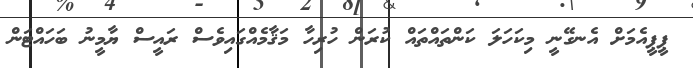
ޕީޕީއެމަށް އެނގޭނީ މިކަހަލަ ކަންތައްތައް ކުރަން ހުރިހާ މަޤާމެއްގައިވެސް ރައީސް ޔާމީނު ބަހައްޓަން